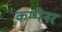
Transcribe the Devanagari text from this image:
कम्पेनर